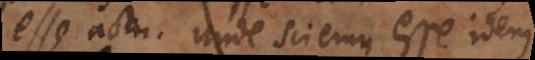
esse actu. Unde sciemus esse idem?